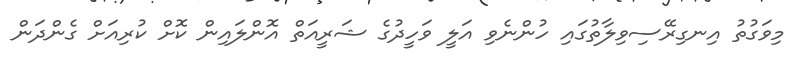
މިވަގުތު އިނގިރޭސިވިލާތުގައި ހުންނެވި އަލީ ވަހީދުގެ ޝަރީއަތް އޮންލައިން ކޮށް ކުރިއަށް ގެންދަން